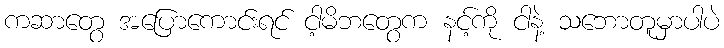
ကဆာတွေ အပြောကောင်းရင် ငါ့မိဘတွေက နင့်ကို ငါနဲ့ သဘောတူမှာပါပဲ